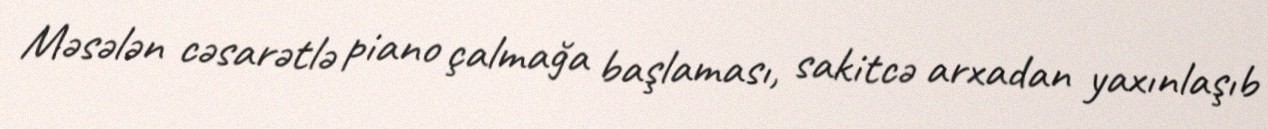
Məsələn cəsarətlə piano çalmağa başlaması, sakitcə arxadan yaxınlaşıb